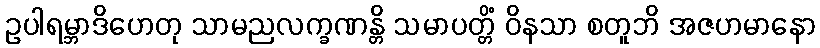
ဥပါရမ္ဘာဒိဟေတု သာမညလက္ခဏန္တိ သမာပတ္တိံ ဝိနသာ စတူဘိ အဇဟမာနော